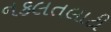
નકલતલાટી